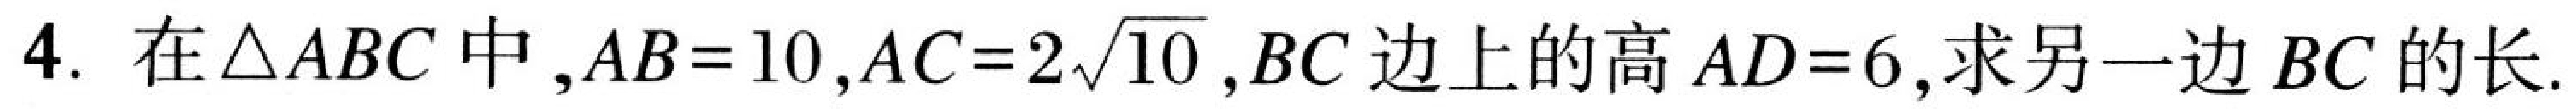
4. 在\(\triangle ABC\)中，\(AB = 10\)，\(AC = 2\sqrt{10}\)，\(BC\)边上的高\(AD = 6\)，求另一边\(BC\)的长.